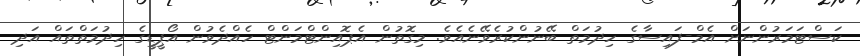
ކަސްޓަމަރުންނަށް އެމް-ފައިސާގެ ހިދުމަތް ބޭނުންކުރެވޭނެއެވެ. މިގޮތުން އެޕޮއިންޓްމަންޓް ހެއްދެވުން އޯޕީޑީގެ ހިދުމަތްތައް އަދި